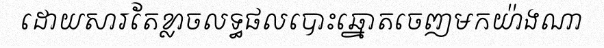
ដោយសារតែខ្លាចលទ្ធផលបោះឆ្នោតចេញមកយ៉ាងណា